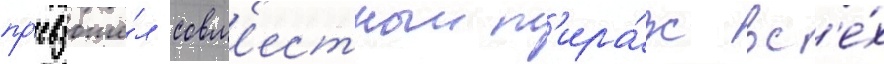
пр'евзошё́л совм'естныи т'ира́ж вс'е́х